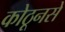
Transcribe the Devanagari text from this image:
कोठूनसे